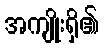
အကျိုးရှိ၏